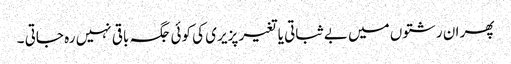
پھر ان رشتوں میں بے ثباتی یا تغیر پزیری کی کوئی جگہ باقی نہیں رہ جاتی ۔